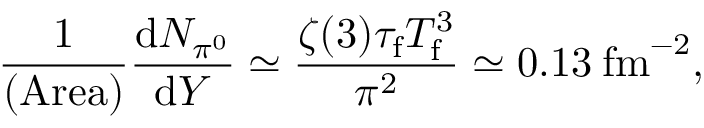
\frac { 1 } { \mathrm { ( A r e a ) } } \frac { \mathrm { d } N _ { \pi ^ { 0 } } } { \mathrm { d } Y } \simeq \frac { \zeta ( 3 ) \tau _ { \mathrm { f } } T _ { \mathrm { f } } ^ { 3 } } { \pi ^ { 2 } } \simeq 0 . 1 3 \: \mathrm { f m } ^ { - 2 } ,